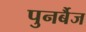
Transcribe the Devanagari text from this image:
पुनर्बैज